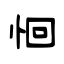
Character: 恛